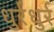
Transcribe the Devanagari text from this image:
धुर्रधुर्र